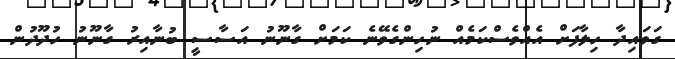
ގަވައިދާ ހިލާފަށް އެއްވެސްކަމެއް ނުހިންގެވޭނެ ކަމަށް ގާނޫނު އަސާސީ ބުނާއިރު ގާނޫނު ހުދޫދުން